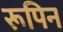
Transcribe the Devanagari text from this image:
रूपिन